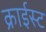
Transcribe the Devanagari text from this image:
क्राईस्ट